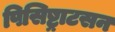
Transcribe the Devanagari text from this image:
पिसिष्ट्राटसन